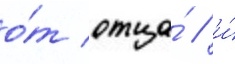
о́т отца́ / и́